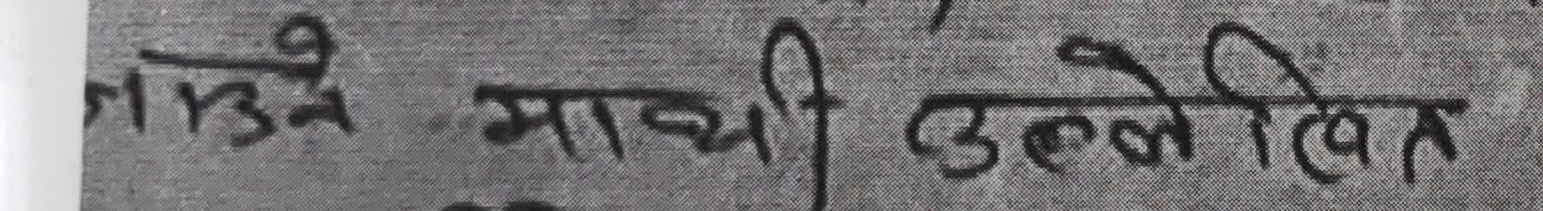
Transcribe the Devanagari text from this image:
माथि उल्लिखित